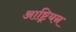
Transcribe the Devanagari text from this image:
आष्ट्रियन